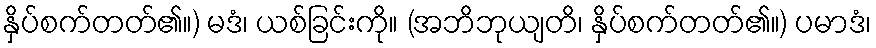
နှိပ်စက်တတ်၏။) မဒံ၊ ယစ်ခြင်းကို။ (အဘိဘုယျတိ၊ နှိပ်စက်တတ်၏။) ပမာဒံ၊